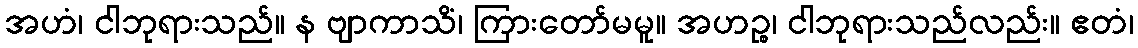
အဟံ၊ ငါဘုရားသည်။ န ဗျာကာသိံ၊ ကြားတော်မမူ။ အဟဉ္စ၊ ငါဘုရားသည်လည်း။ ဧတံ၊